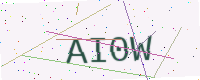
Text: AI0W